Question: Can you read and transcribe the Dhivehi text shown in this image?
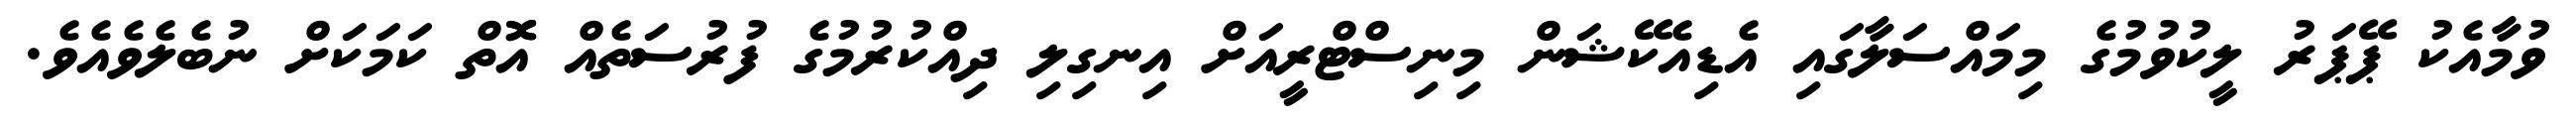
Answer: ވުމާއެކު ޕޭޕަރު ލީކުވުމުގެ މިމައްސަލާގައި އެޑިއެކޭޝަން މިނިސްޓްރީއަށް އިނގިލި ދިއްކުރުމުގެ ފުރުސަތެއް އޮޮތް ކަމަކަށް ނުބެލެވެއެވެ.